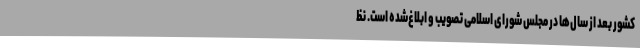
کشور بعد از سال‌ها در مجلس شورای اسلامی تصویب و ابلاغ‌شده است. نظ